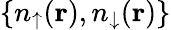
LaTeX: \{ n_{\uparrow}({\mathbf r}),n_{\downarrow}({\mathbf r})\}